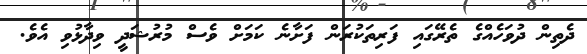
ދެތިން ދުވަހެއްގެ ތެރޭގައި ފަރިތަކުރަން ފަށާނެ ކަމަށް ވެސް މުރުޝަދީ ވިދާޅުވި އެވެ.